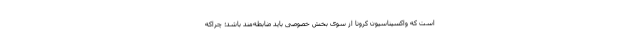
است که واکسیناسیون کرونا از سوی بخش خصوصی باید ضابطه‌مند باشد؛ چراکه